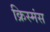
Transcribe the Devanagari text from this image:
क्रिस्मंस